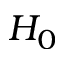
H _ { 0 }